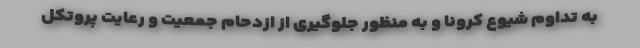
به تداوم شیوع کرونا و به منظور جلوگیری از ازدحام جمعیت و رعایت پروتکل